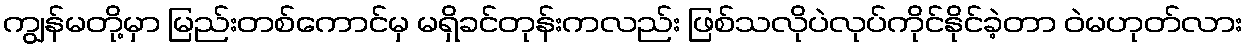
ကျွန်မတို့မှာ မြည်းတစ်ကောင်မှ မရှိခင်တုန်းကလည်း ဖြစ်သလိုပဲလုပ်ကိုင်နိုင်ခဲ့တာ ဝဲမဟုတ်လား